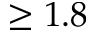
\ge 1 . 8